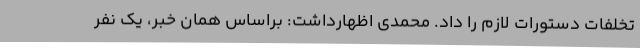
تخلفات دستورات لازم را داد. محمدی اظهارداشت: براساس همان خبر، یک نفر